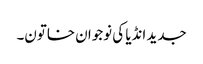
جدید انڈیا کی نوجوان خاتون۔